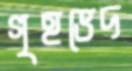
গৃহভেদ